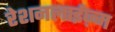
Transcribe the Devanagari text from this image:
रेशनलाईज़्म